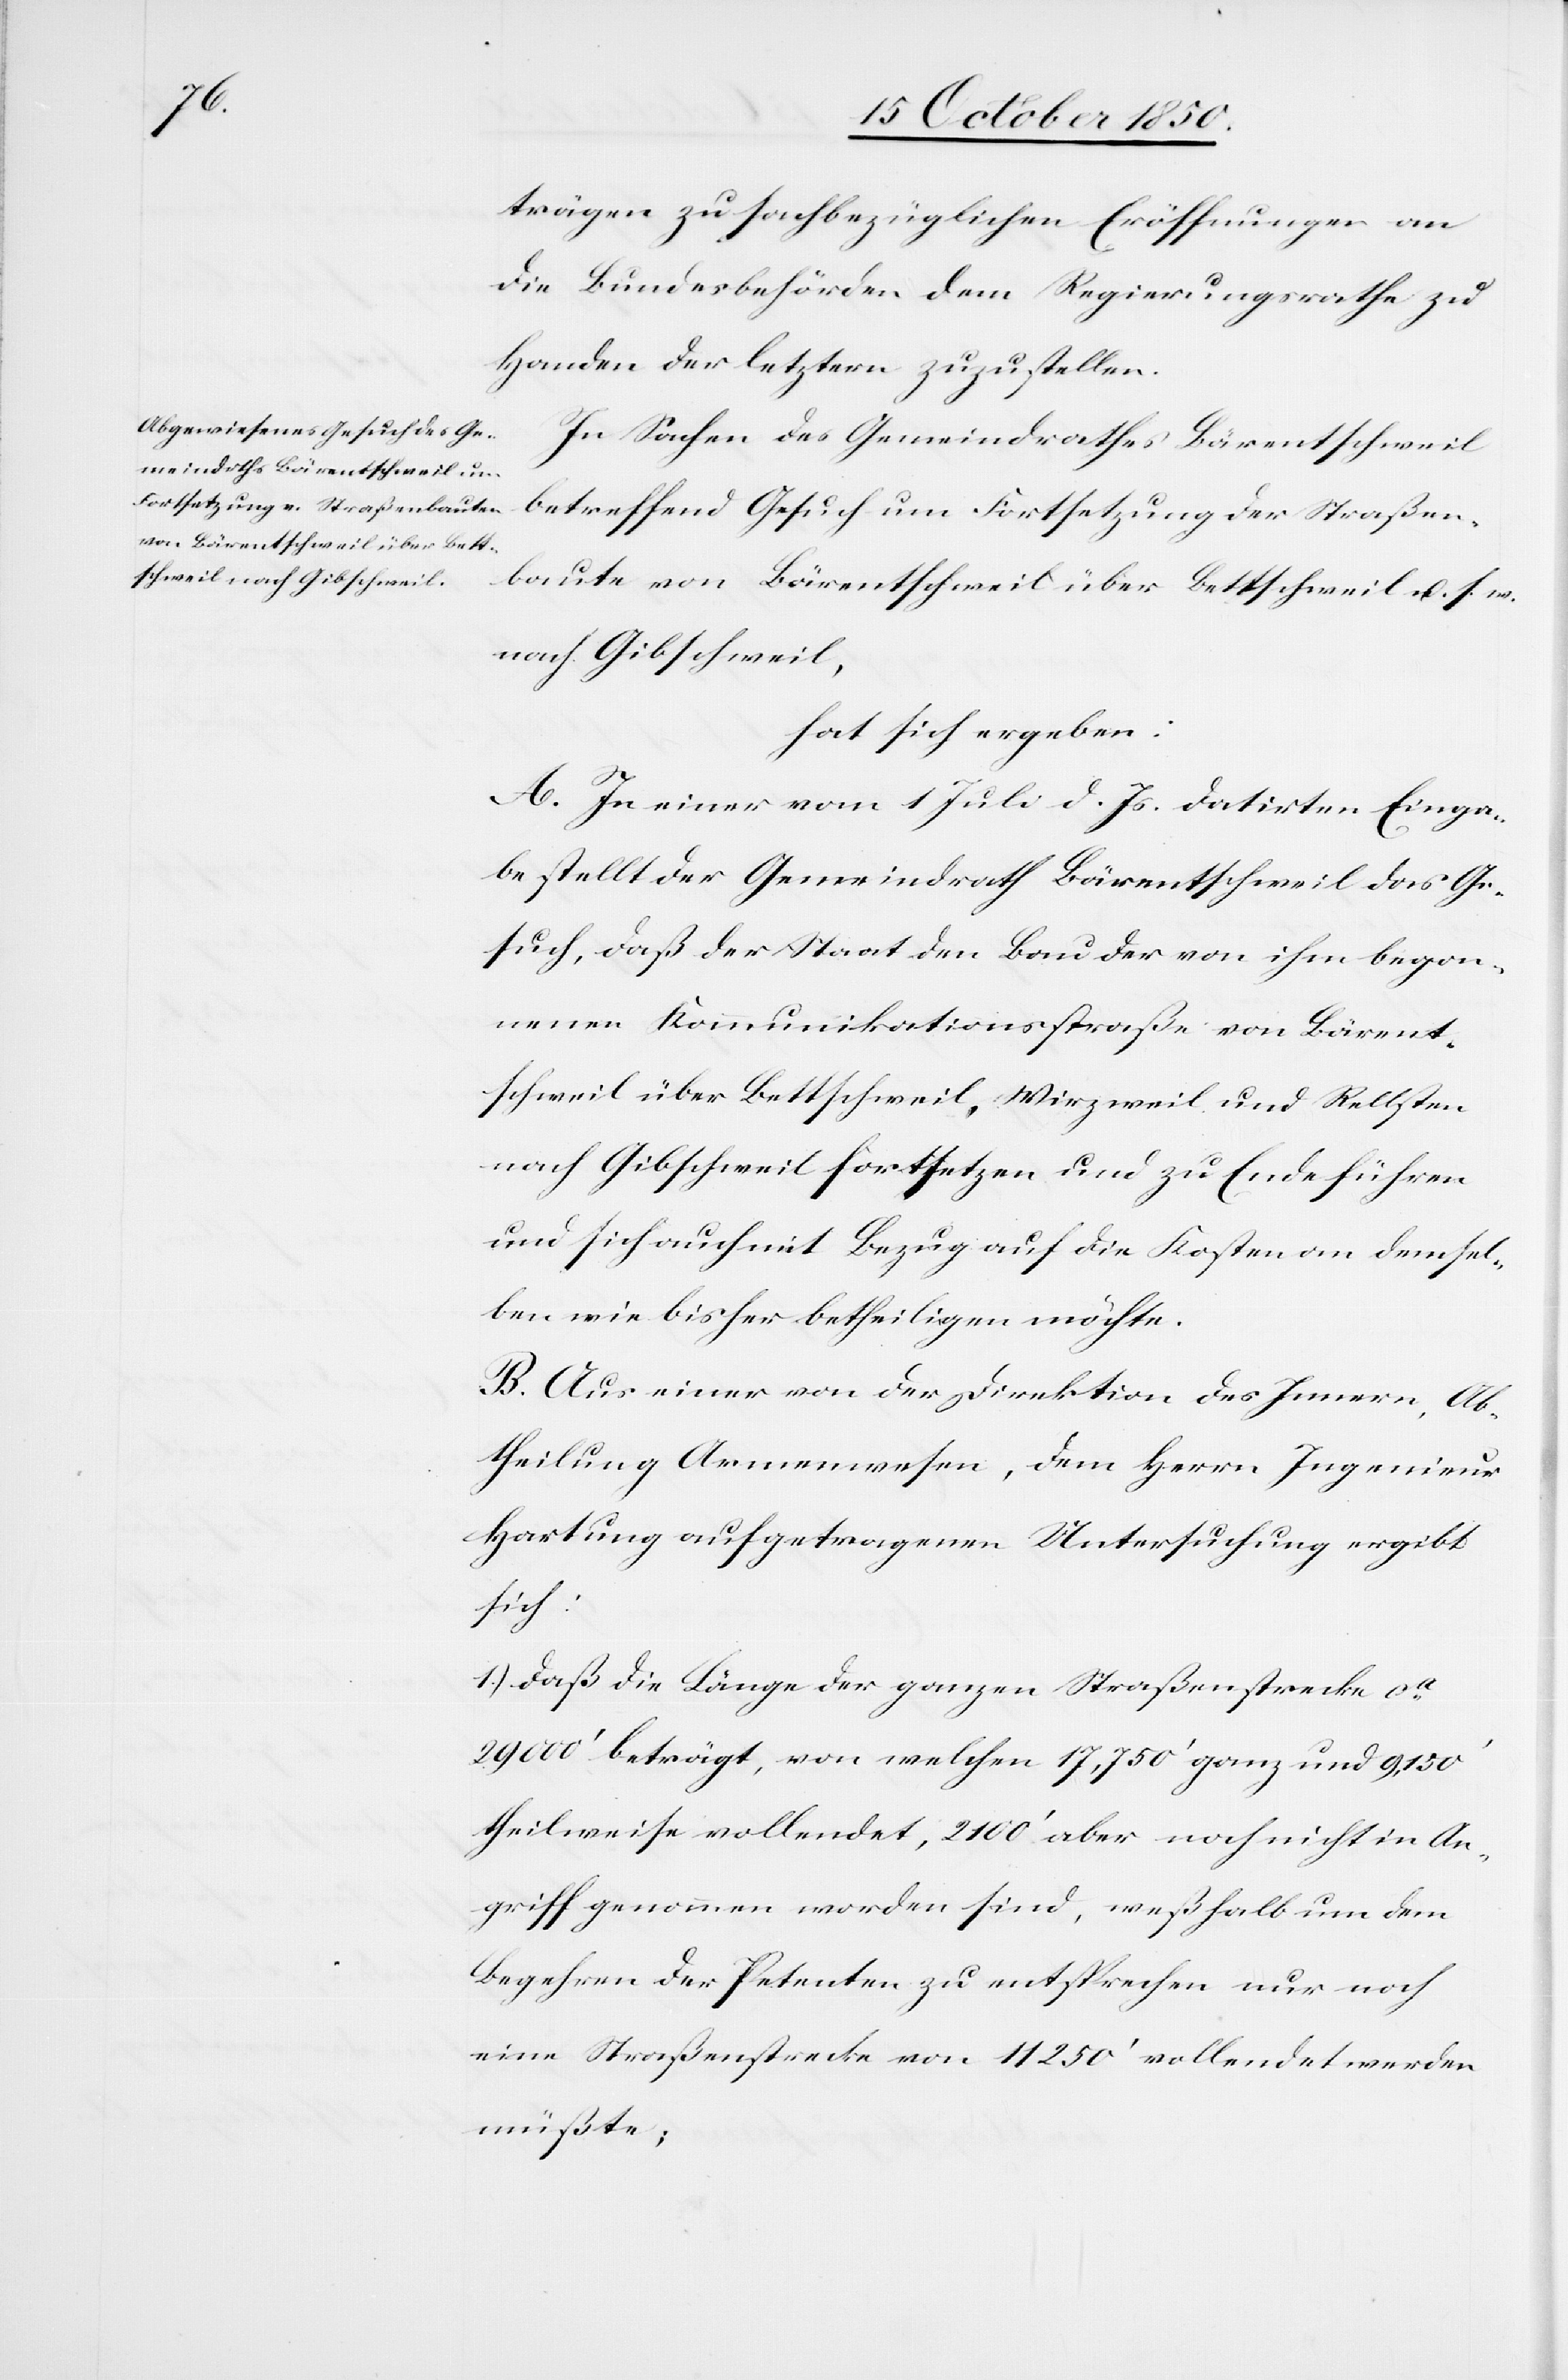
trägen zu sachbezüglichen Eröffnungen an
die Bundesbehörden dem Regierungsrathe zu
Handen der letztern zuzustellen.
In Sachen des Gemeindrathes Bärentschweil
betreffend Gesuch um Fortsetzung der Straßen¬
baute von Bärentschweil über Bettschweil u. s. w.
nach Gibschweil,
hat sich ergeben:
A. In einer vom 1 Juli d. Js. datirten Einga¬
be stellt der Gemeindrath Bärentschweil das Ge¬
such, daß der Staat den Bau der von ihm begon¬
nenen Kommunikationsstraße von Bärent¬
schweil über Bettschweil, Wirzweil und Rellsten
nach Gibschweil fortsetzen und zu Ende führen
und sich auch mit Bezug auf die Kosten an demsel¬
ben wie bisher betheiligen möchte.
B. Aus einer von der Direktion des Innern, Ab¬
theilung Armenwesen, dem Herrn Ingenieur
Hartung aufgetragenen Untersuchung ergibt
sich:
1.) Daß die Länge der ganzen Straßenstrecke ca
29 000‘ beträgt, von welchen 17,750‘ ganz und 9,150‘
theilweise vollendet, 2100‘ aber noch nicht in An¬
griff genommen worden sind, weßhalb um dem
Begehren der Petenten zu entsprechen nur noch
eine Straßenstrecke von 11 250‘ vollendet werden
müßte;